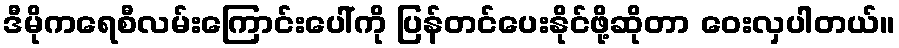
ဒီမိုကရေစီလမ်းကြောင်းပေါ်ကို ပြန်တင်ပေးနိုင်ဖို့ဆိုတာ ဝေးလှပါတယ်။